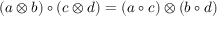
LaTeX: ( a \otimes b ) \circ ( c \otimes d ) = ( a \circ c ) \otimes ( b \circ d )